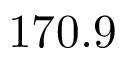
1 7 0 . 9